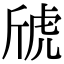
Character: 䖐